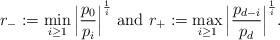
LaTeX: \begin{align*} r_-:= \min_{i\ge 1}\Big|\frac{p_0}{p_i}\Big|^{\frac{1}{i}}~{\rm and}~ r_+:=\max_{i\ge 1} \Big|\frac{p_{d-i}}{p_d}\Big|^{\frac{1}{i}}.\end{align*}